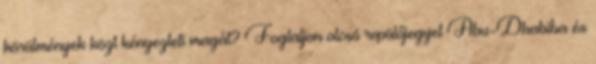
körülmények közt kényezteti magát? Foglaljon olcsó repülőjegyet Abu-Dhabiba és